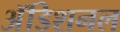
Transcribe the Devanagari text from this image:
अॅडिशनल